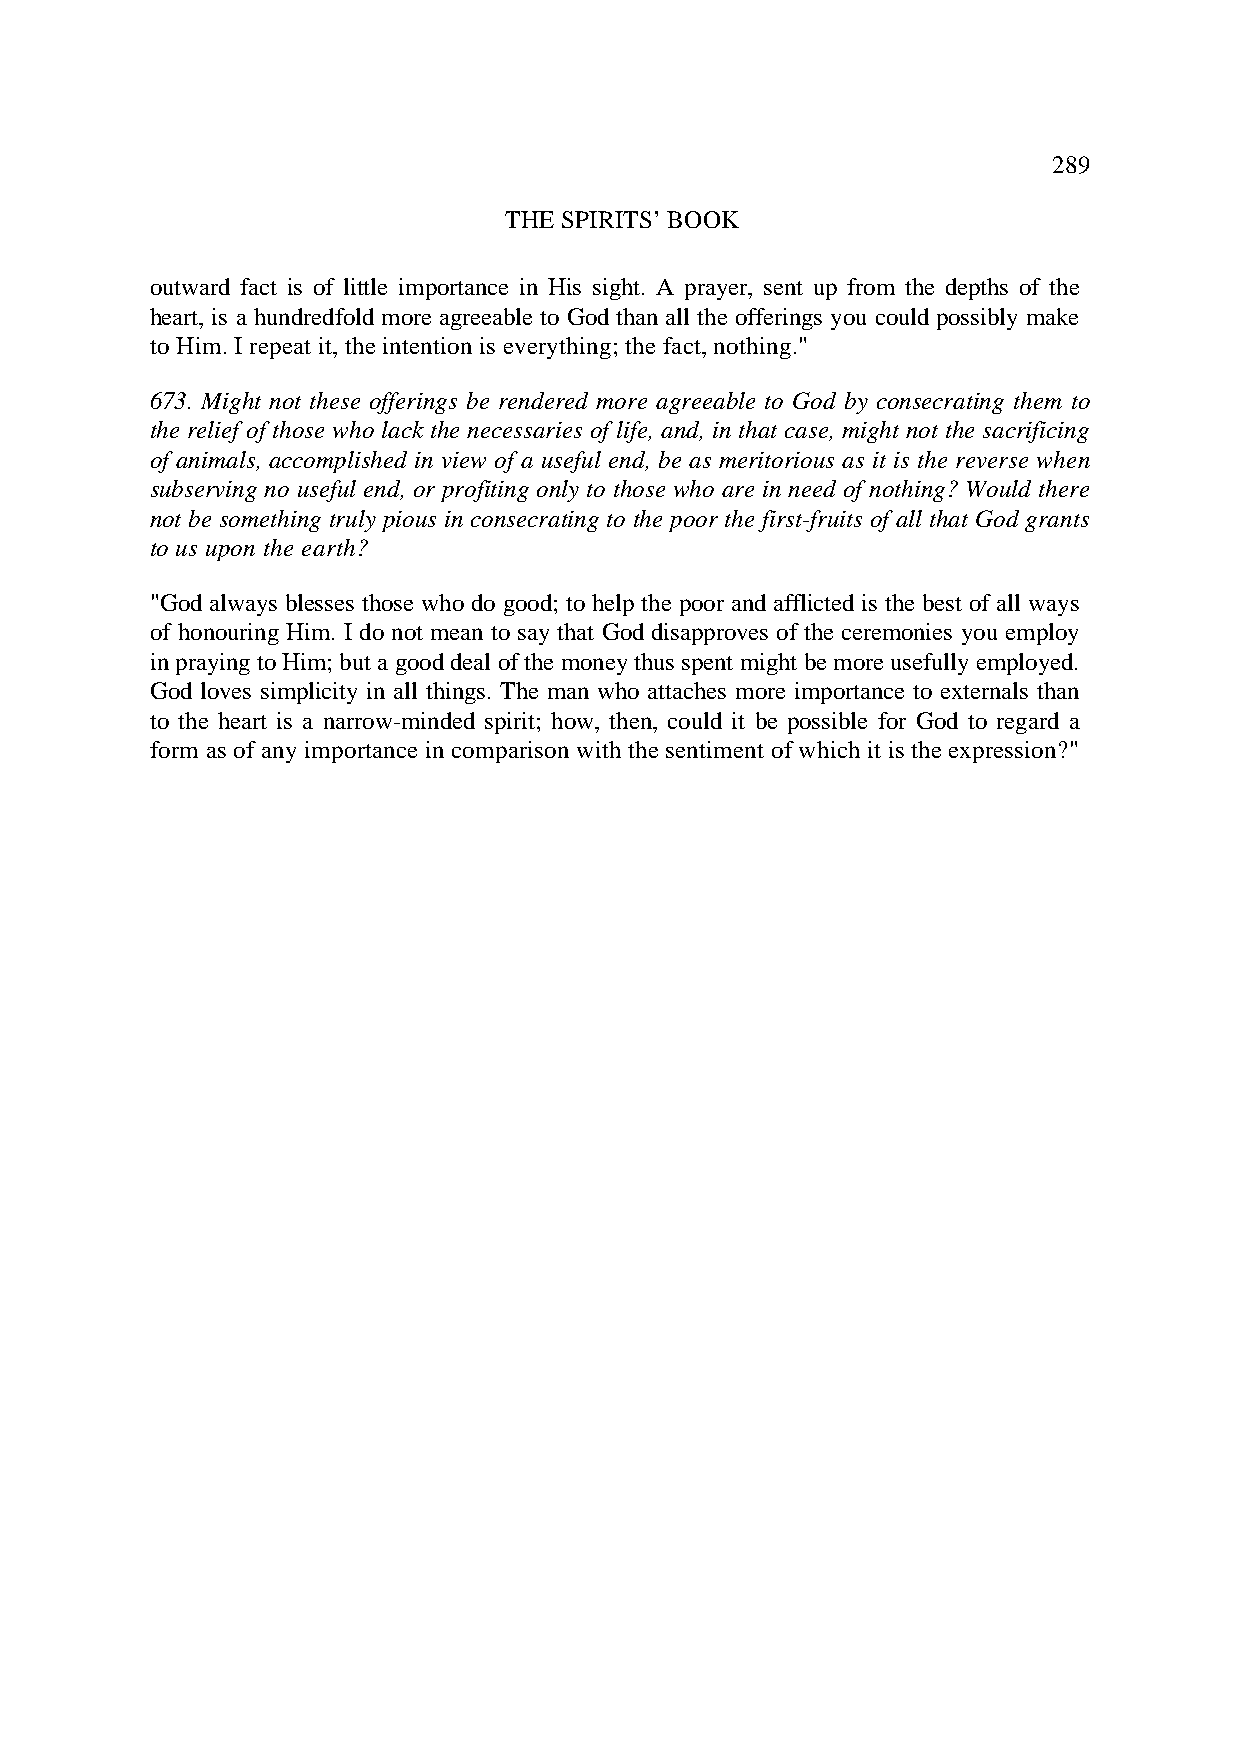
289
 THE SPIRITS’ BOOK
 outward fact is of little importance in His sight. A prayer, sent up from the depths of the
 heart, is a hundredfold more agreeable to God than all the offerings you could possibly make
 to Him. I repeat it, the intention is everything; the fact, nothing."
 673. Might not these offerings be rendered more agreeable to God by consecrating them to
 the relief of those who lack the necessaries of life, and, in that case, might not the sacrificing
 of animals, accomplished in view of a useful end, be as meritorious as it is the reverse when
 subserving no useful end, or profiting only to those who are in need of nothing? Would there
 not be something truly pious in consecrating to the poor the first-fruits of all that God grants
 to us upon the earth?
 "God always blesses those who do good; to help the poor and afflicted is the best of all ways
 of honouring Him. I do not mean to say that God disapproves of the ceremonies you employ
 in praying to Him; but a good deal of the money thus spent might be more usefully employed.
 God loves simplicity in all things. The man who attaches more importance to externals than
 to the heart is a narrow-minded spirit; how, then, could it be possible for God to regard a
 form as of any importance in comparison with the sentiment of which it is the expression?"